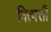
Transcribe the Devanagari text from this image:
वित्पत्ती